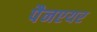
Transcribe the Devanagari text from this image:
पैनएयर